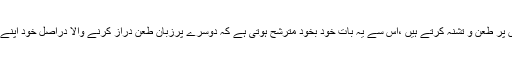
ہاں جو لوگ بھی دوسروں پر طعن و تشنہ کرتے ہیں ،اس سے یہ بات خود بخود مترشح ہوتی ہے کہ دوسرے پرزبانِ طعن دراز کرنے والا دراصل خود اپنے آپ کو مطعون کرتا ہے۔